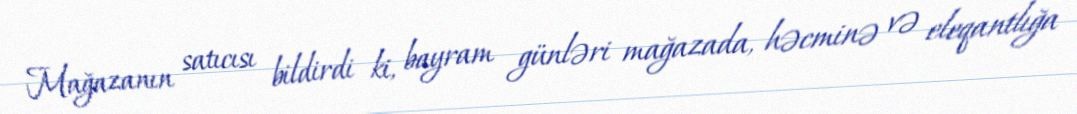
Mağazanın satıcısı bildirdi ki, bayram günləri mağazada, həcminə və eleqantlığa